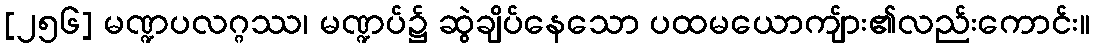
[၂၅၆] မဏ္ဍပလဂ္ဂဿ၊ မဏ္ဍပ်၌ ဆွဲချိပ်နေသော ပထမယောကျ်ား၏လည်းကောင်း။